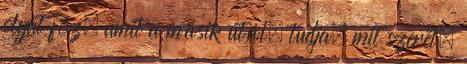
olyat főz, amit a másik utál, tudja, mit szeret,